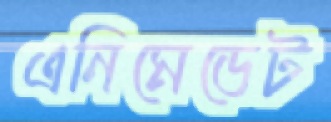
এনিমেডেট